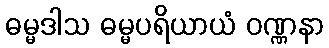
ဓမ္မဒါသ ဓမ္မပရိယာယံ ဝဏ္ဏနာ